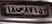
۱۸س۸۷۱۵۳